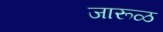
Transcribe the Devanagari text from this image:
जारूळ